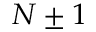
N \pm 1